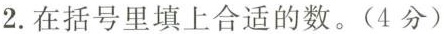
2.在括号里填上合适的数。(4分)